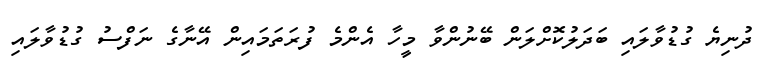
ދުނިޔެ ގުޑުވާލައި ބަދަލުކޮށްލަން ބޭނުންވާ މީހާ އެންމެ ފުރަތަމައިން އޭނާގެ ނަފްސު ގުޑުވާލައި